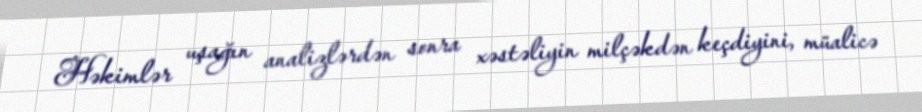
Həkimlər uşağın analizlərdən sonra xəstəliyin milçəkdən keçdiyini, müalicə